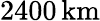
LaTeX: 2400\, \mathrm{km}